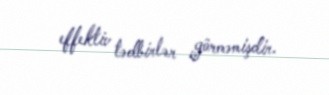
effektiv tədbirlər görməmişdir.